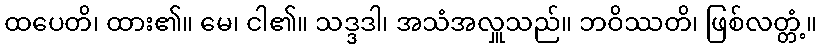
ထပေတိ၊ ထား၏။ မေ၊ ငါ၏။ သဒ္ဒဒါ၊ အသံအလှူသည်။ ဘဝိဿတိ၊ ဖြစ်လတ္တံ့။